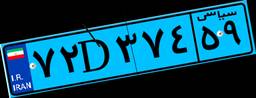
۱۴D۶۱۹۹۶